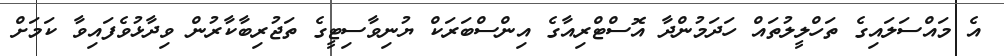
އެ މައްސަލައިގެ ތަހްލީލުތައް ހަދަމުންދާ އޮސްޓްރިއާގެ އިންސްބަރަކް ޔުނިވާސިޓީގެ ތަޖުރިބާކާރުން ވިދާޅުވެފައިވާ ކަމަށް